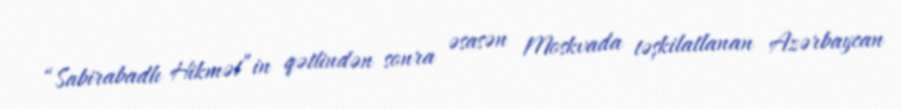
“Sabirabadlı Hikmət”in qətlindən sonra əsasən Moskvada təşkilatlanan Azərbaycan